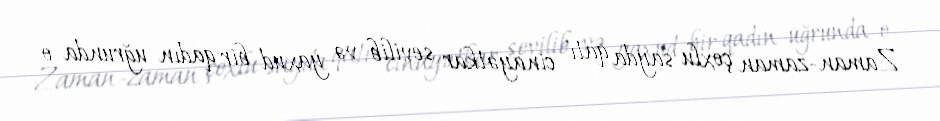
Zaman-zaman çoxlu sayda qatı cinayətkar sevilib və yaxud bir qadın uğrunda o